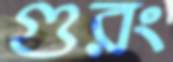
গুরং